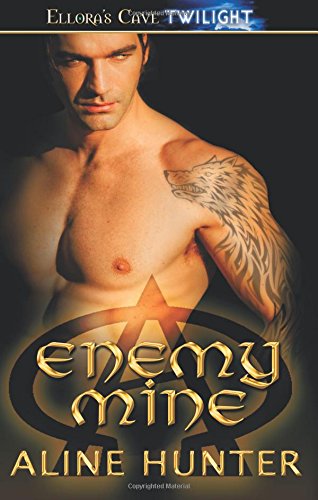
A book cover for Enemy Mine; Aline Hunter; Romance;